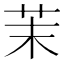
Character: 茉